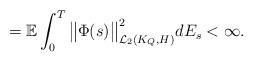
LaTeX: \begin{align*}= \mathbb{E}\int_0^T \big\|\Phi(s)\big\|_{\mathcal{L}_2(K_Q, H)}^2 dE_s < \infty.\end{align*}